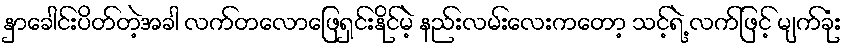
နှာခေါင်းပိတ်တဲ့အခါ လက်တလောဖြေရှင်းနိုင်မဲ့ နည်းလမ်းလေးကတော့ သင့်ရဲ့ လက်ဖြင့် မျက်ခုံး